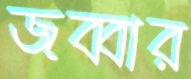
জব্বার